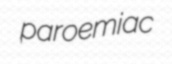
paroemiac